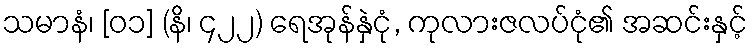
သမာနံ၊ [၀၁] (နိ၊ ၄၂၂) ရေအုန်နှဲငုံ, ကုလားဇလပ်ငုံ၏ အဆင်းနှင့်